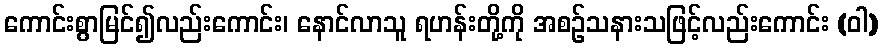
ကောင်းစွာမြင်၍လည်းကောင်း၊ နောင်လာသူ ရဟန်းတို့ကို အစဉ်သနားသဖြင့်လည်းကောင်း (ဝါ)